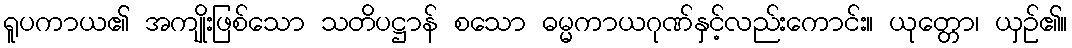
ရူပကာယ၏ အကျိုးဖြစ်သော သတိပဋ္ဌာန် စသော ဓမ္မကာယဂုဏ်နှင့်လည်းကောင်း။ ယုတ္တော၊ ယှဉ်၏။